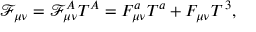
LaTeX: \mathcal { F } _ { \mu \nu } = \mathcal { F } _ { \mu \nu } ^ { A } T ^ { A } = F _ { \mu \nu } ^ { a } T ^ { a } + F _ { \mu \nu } T ^ { \, 3 } ,